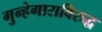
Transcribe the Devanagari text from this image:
गुन्हेगाराविरुद्ध